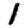
Digit: 1